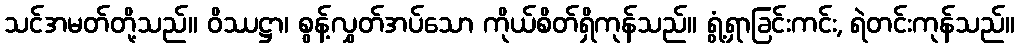
သင်အမတ်တို့သည်။ ဝိဿဋ္ဌာ၊ စွန့်လွှတ်အပ်သော ကိုယ်စိတ်ရှိကုန်သည်။ ရွံ့ရှာခြင်းကင်း, ရဲတင်းကုန်သည်။